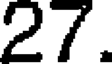
27.